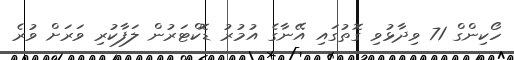
ހޯކިންގް 71 ވިދާޅުވި ގޮތުގައި އޭނާގެ އުމުރު ޑޮކްޓަރުން ލަފާކުރި ވަރަށް ވުރެ